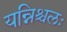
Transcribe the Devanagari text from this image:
यन्निश्चलः